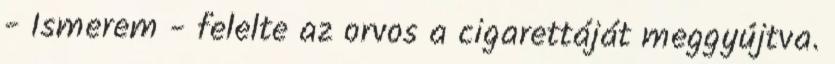
- Ismerem - felelte az orvos a cigarettáját meggyújtva.